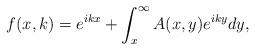
LaTeX: \begin{align*}f(x,k) = e^{ikx} + \int_x^\infty A(x,y)e^{iky}dy,\end{align*}